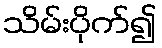
သိမ်းပိုက်၍